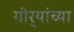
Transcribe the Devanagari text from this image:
गोर्‍यांच्या